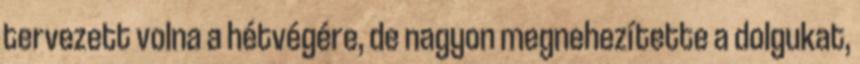
tervezett volna a hétvégére, de nagyon megnehezítette a dolgukat,